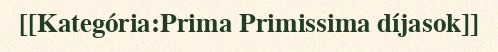
[[Kategória:Prima Primissima díjasok]]